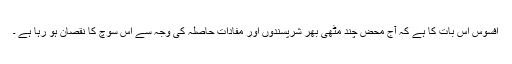
افسوس اس بات کا ہے کہ آج محض چند مٹھی بھر شرپسندوں اور مفادات حاصلہ کی وجہ سے اس سوچ کا نقصان ہو رہا ہے ۔